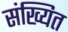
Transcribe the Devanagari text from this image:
संख्यित